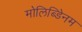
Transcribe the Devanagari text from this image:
मोलिब्डेिनम